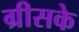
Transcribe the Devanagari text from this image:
ग्रीसके